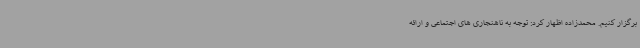
برگزار کنیم. محمدزاده اظهار کرد: توجه به ناهنجاری های اجتماعی و ارائه